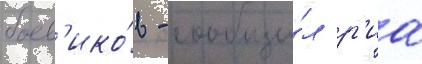
боев'ико́в - сообщи́л р'иа